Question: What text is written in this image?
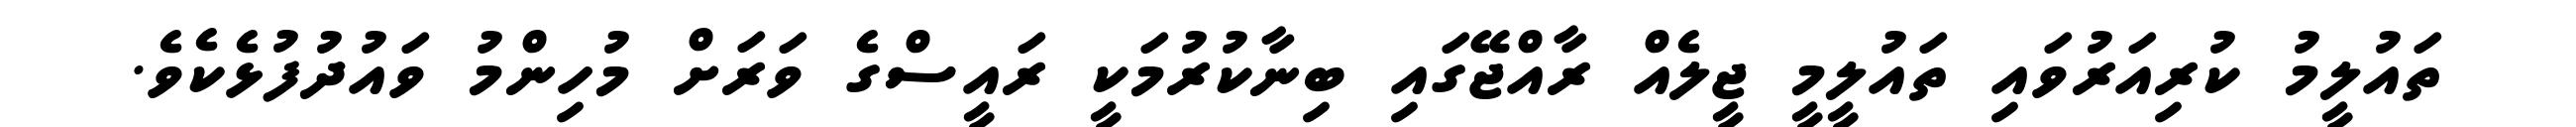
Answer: ތައުލީމު ކުރިއަރުވައި ތައުލީމީ ޖީލެއް ރާއްޖޭގައި ބިނާކުރުމަކީ ރައީސްގެ ވަރަށް މުހިންމު ވައުދުފުޅެކެވެ.